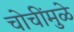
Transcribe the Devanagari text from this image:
चोचींमुळे